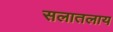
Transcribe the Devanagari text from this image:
सलातलाय